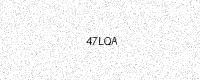
Text: 47LQA